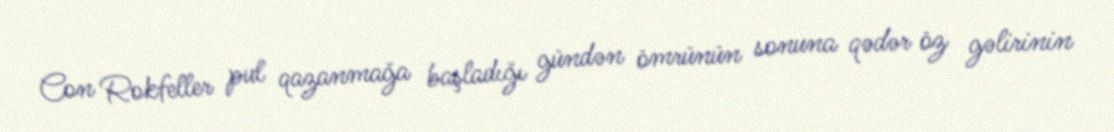
Con Rokfeller pul qazanmağa başladığı gündən ömrünün sonuna qədər öz gəlirinin